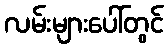
လမ်းများပေါ်တွင်